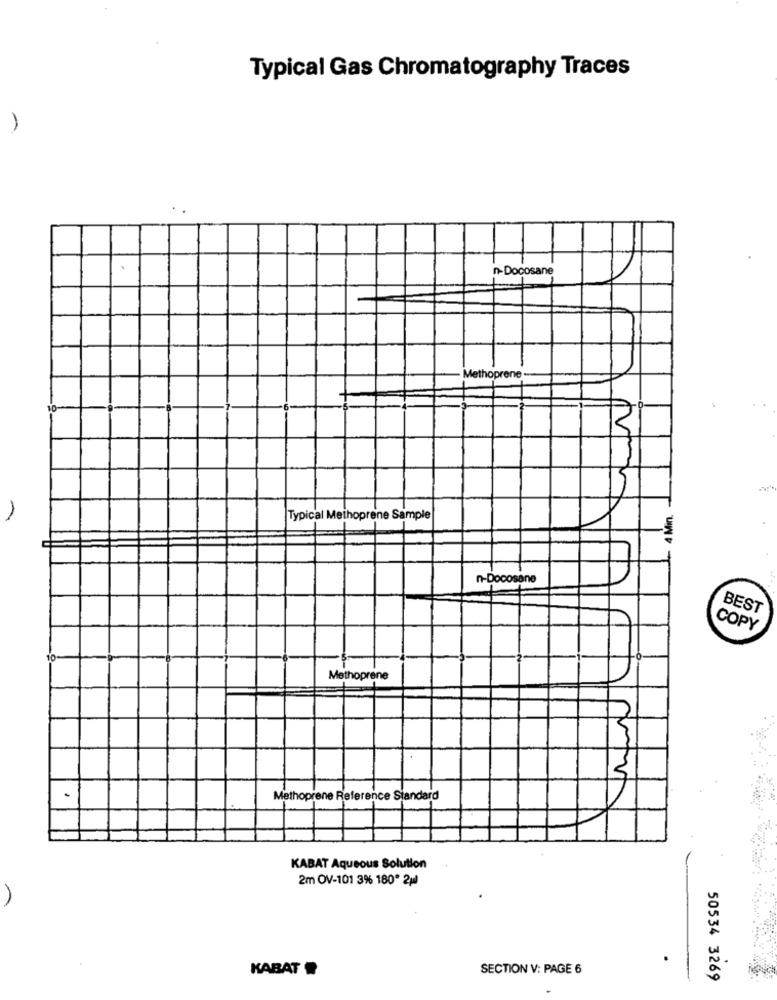
Typical Gas Chromatography Traces
..
n-Docosane
1
Methoprene
10
3
4 Min.
Typical Methoprene Sample
n-Docosane
BEST
COPY
10
Methoprene
Methoprene Reference Standard
KABAT Aqueous Solution
2m OV-101 3% 180º 2pl
KABAT
SECTION V: PAGE 6
50534 3269